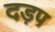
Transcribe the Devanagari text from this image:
दड़प